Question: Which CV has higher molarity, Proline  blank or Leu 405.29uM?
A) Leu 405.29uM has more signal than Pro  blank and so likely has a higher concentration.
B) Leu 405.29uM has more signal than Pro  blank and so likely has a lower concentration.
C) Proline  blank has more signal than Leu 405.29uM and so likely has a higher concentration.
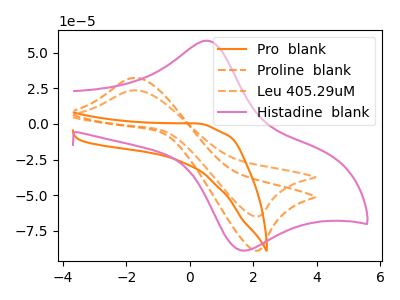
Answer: <think>The orange curve "Pro  blank" has no peaks. The orange dashed curve "Proline  blank" has an anodic peak at (-1.70V, 32.25uA) and a cathodic peak at (2.05V, -88.80uA). The orange dashed curve "Leu 405.29uM" has an anodic peak at (-1.70V, 23.55uA) and a cathodic peak at (2.05V, -64.85uA). The pink curve "Histadine  blank" has an anodic peak at (0.50V, 58.40uA) and a cathodic peak at (1.60V, -88.60uA).
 All the peaks in "Proline  blank" have a peak in "Leu 405.29uM" at the same potential. Every peak in "Proline  blank" is higher than every peak in "Leu 405.29uM".</think>
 <answer>C) "Proline  blank" has more signal than "Leu 405.29uM" and so likely has a higher concentration.</answer>
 <eval>C</eval>